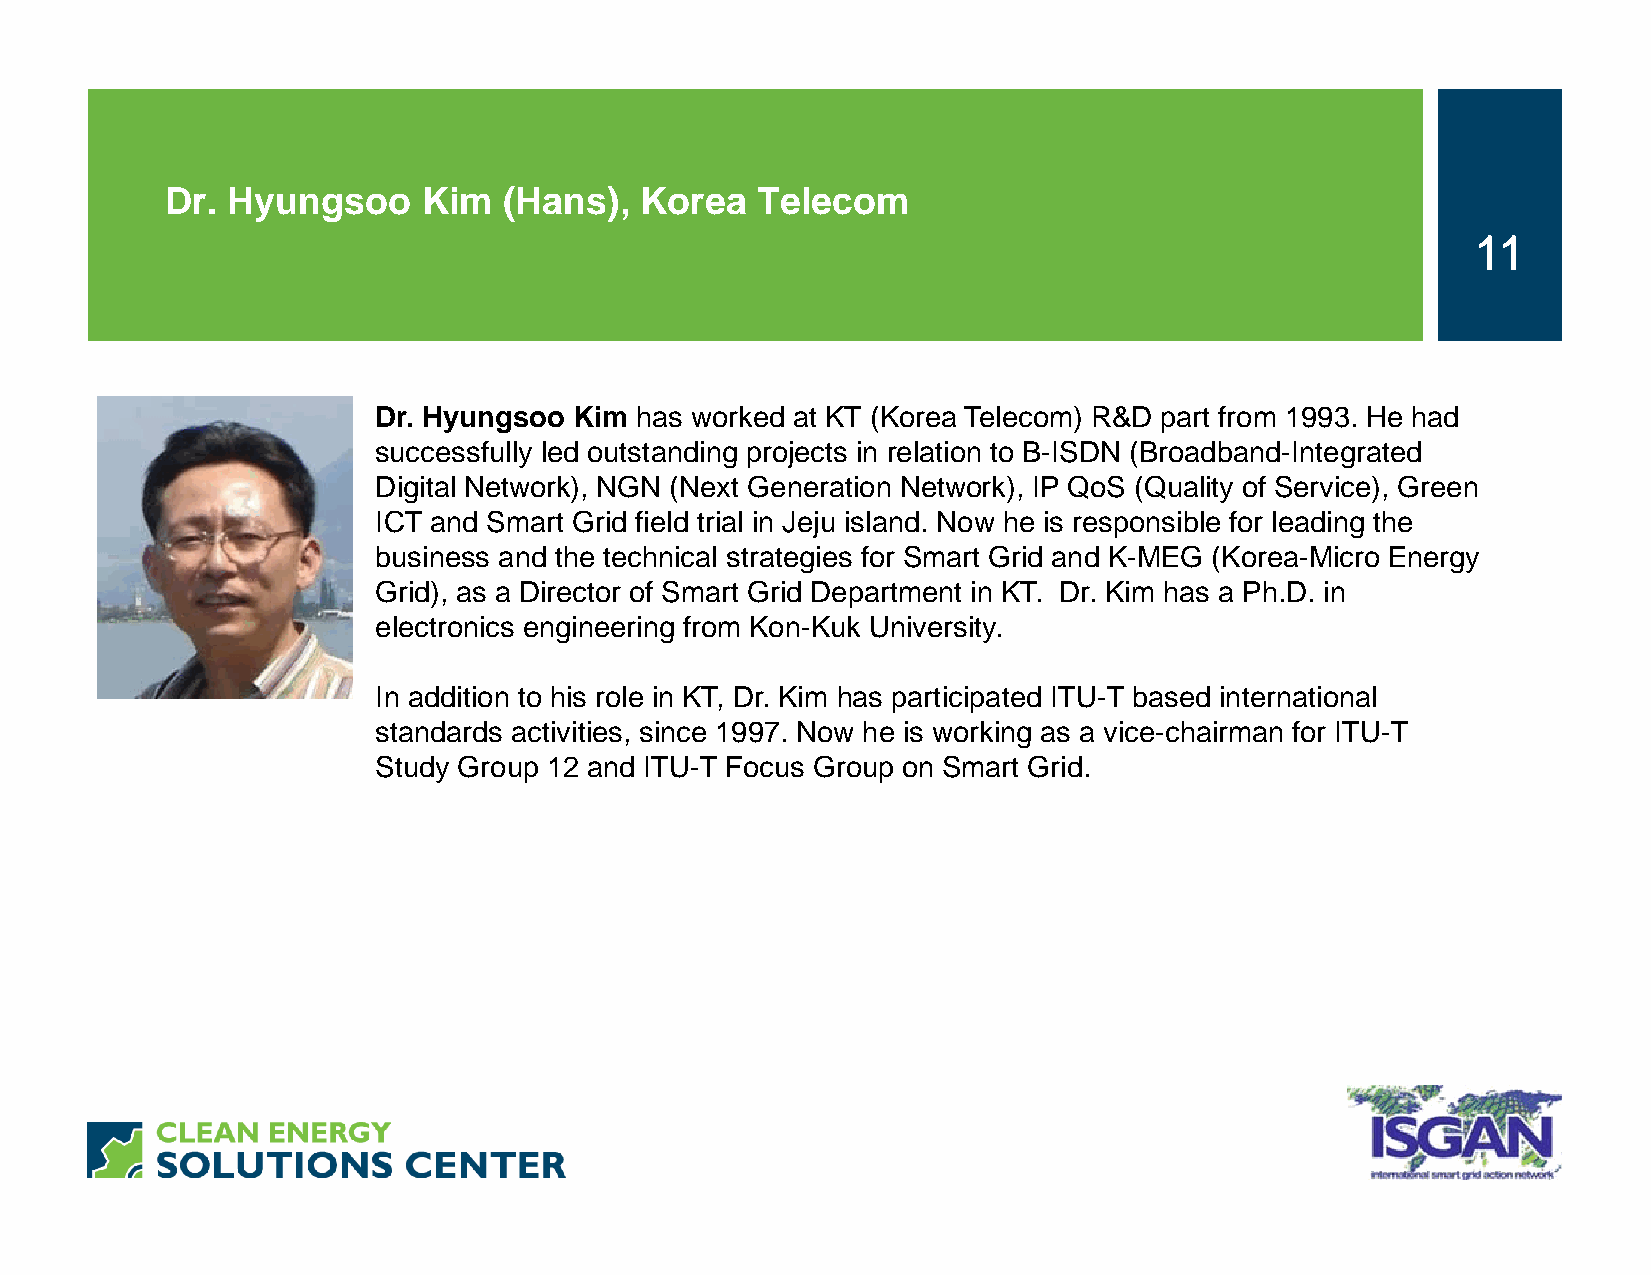
Dr. Hyungsoo     Kim  (Hans),  Korea   Telecom
 11
 Dr. Hyungsoo Kim has worked at KT (Korea Telecom) R&D part from 1993. He had
 successfully led outstanding projects in relation to B-ISDN (Broadband-Integrated
 Digital Network), NGN (Next Generation Network), IP QoS (Quality of Service), Green
 ICT and Smart Grid field trial in Jeju island. Now he is responsible for leading the
 business and the technical strategies for Smart Grid and K-MEG (Korea-Micro Energy
 Grid), as a Director of Smart Grid Department in KT. Dr. Kim has a Ph.D. in
 electronics engineering from Kon-Kuk University.
 In addition to his role in KT, Dr. Kim has participated ITU-T based international
 standards activities, since 1997. Now he is working as a vice-chairman for ITU-T
 Study Group 12 and ITU-T Focus Group on Smart Grid.